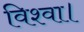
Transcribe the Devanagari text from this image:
विश्वा।